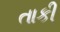
તાકી